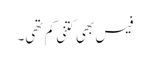
فیس بھی کتنی کم تھی۔